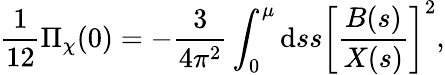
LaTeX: {\frac{1}{12}}\Pi_{\chi}(0)=-\frac{3}{4\pi^{2}}\int_{0}^{\mu}\mathrm{d}ss\left[\frac{B(s)}{X(s)}\right]^{2},